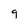
Character: 9